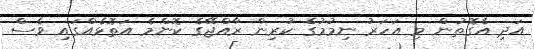
އަދި އެގޮތުން މި އަހަރު ނިމުމުގެ ކުރިން ރާއްޖޭގެ ކޮންމެ އަތޮޅެއްގައި ވެސް